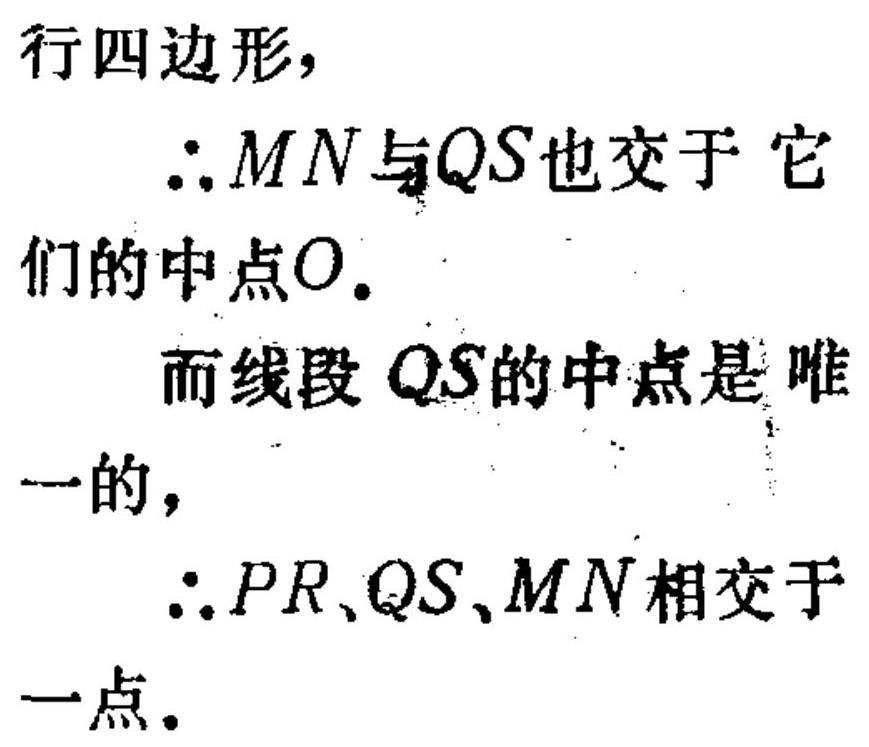
行四边形，
\(\therefore MN\)与\(QS\)也交于 它
们的中点\(O\)。
而线段 \(QS\)的中点是 唯
一的，
\(\therefore PR、QS、MN\)相交于
一点。